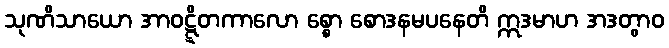
သုဏိသာယော အာဝဋ္ဋိတကာလော စ္စော စောဒနမပနေတိ ဣဒမာဟ အဒတွာဝ